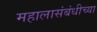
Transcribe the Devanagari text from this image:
महालासंबंधीच्या